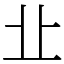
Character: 㐀